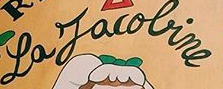
La Jacoline